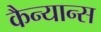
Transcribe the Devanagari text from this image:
कैन्यान्स